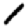
Digit: 1